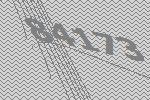
84173